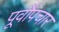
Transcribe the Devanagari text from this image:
पूर्वोपचार